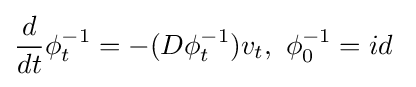
{\frac {d}{dt}}\phi _{t}^{-1}=-(D\phi _{t}^{-1})v_{t},\ \phi _{0}^{-1}=id\